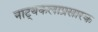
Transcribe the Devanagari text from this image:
नाट्यकलाप्रसारक